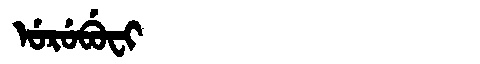
Manchu: ᡠᡵᡠᠪᡠᠸᡳ
Romanization: URUBUFI